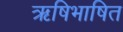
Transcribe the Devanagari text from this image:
ऋषिभाषित